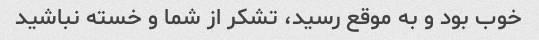
خوب بود و به موقع رسید، تشکر از شما و خسته نباشید